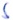
Text: S